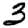
Digit: 3